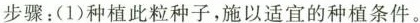
步骤：(1)种植此粒种子，施以适宜的种植条件。